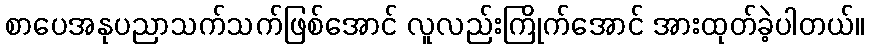
စာပေအနုပညာသက်သက်ဖြစ်အောင် လူလည်းကြိုက်အောင် အားထုတ်ခဲ့ပါတယ်။